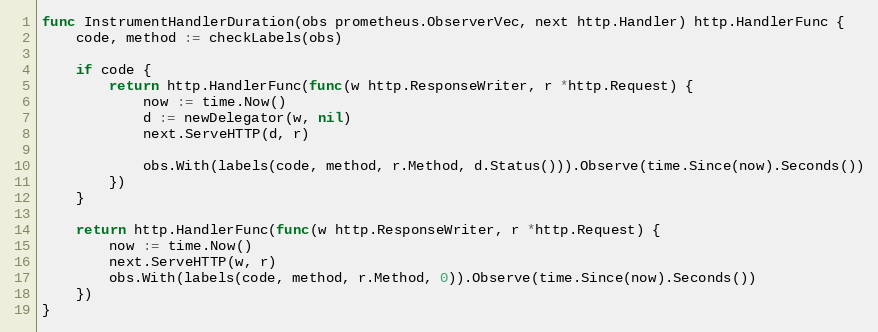
Language: Go
func InstrumentHandlerDuration(obs prometheus.ObserverVec, next http.Handler) http.HandlerFunc {
	code, method := checkLabels(obs)

	if code {
		return http.HandlerFunc(func(w http.ResponseWriter, r *http.Request) {
			now := time.Now()
			d := newDelegator(w, nil)
			next.ServeHTTP(d, r)

			obs.With(labels(code, method, r.Method, d.Status())).Observe(time.Since(now).Seconds())
		})
	}

	return http.HandlerFunc(func(w http.ResponseWriter, r *http.Request) {
		now := time.Now()
		next.ServeHTTP(w, r)
		obs.With(labels(code, method, r.Method, 0)).Observe(time.Since(now).Seconds())
	})
}